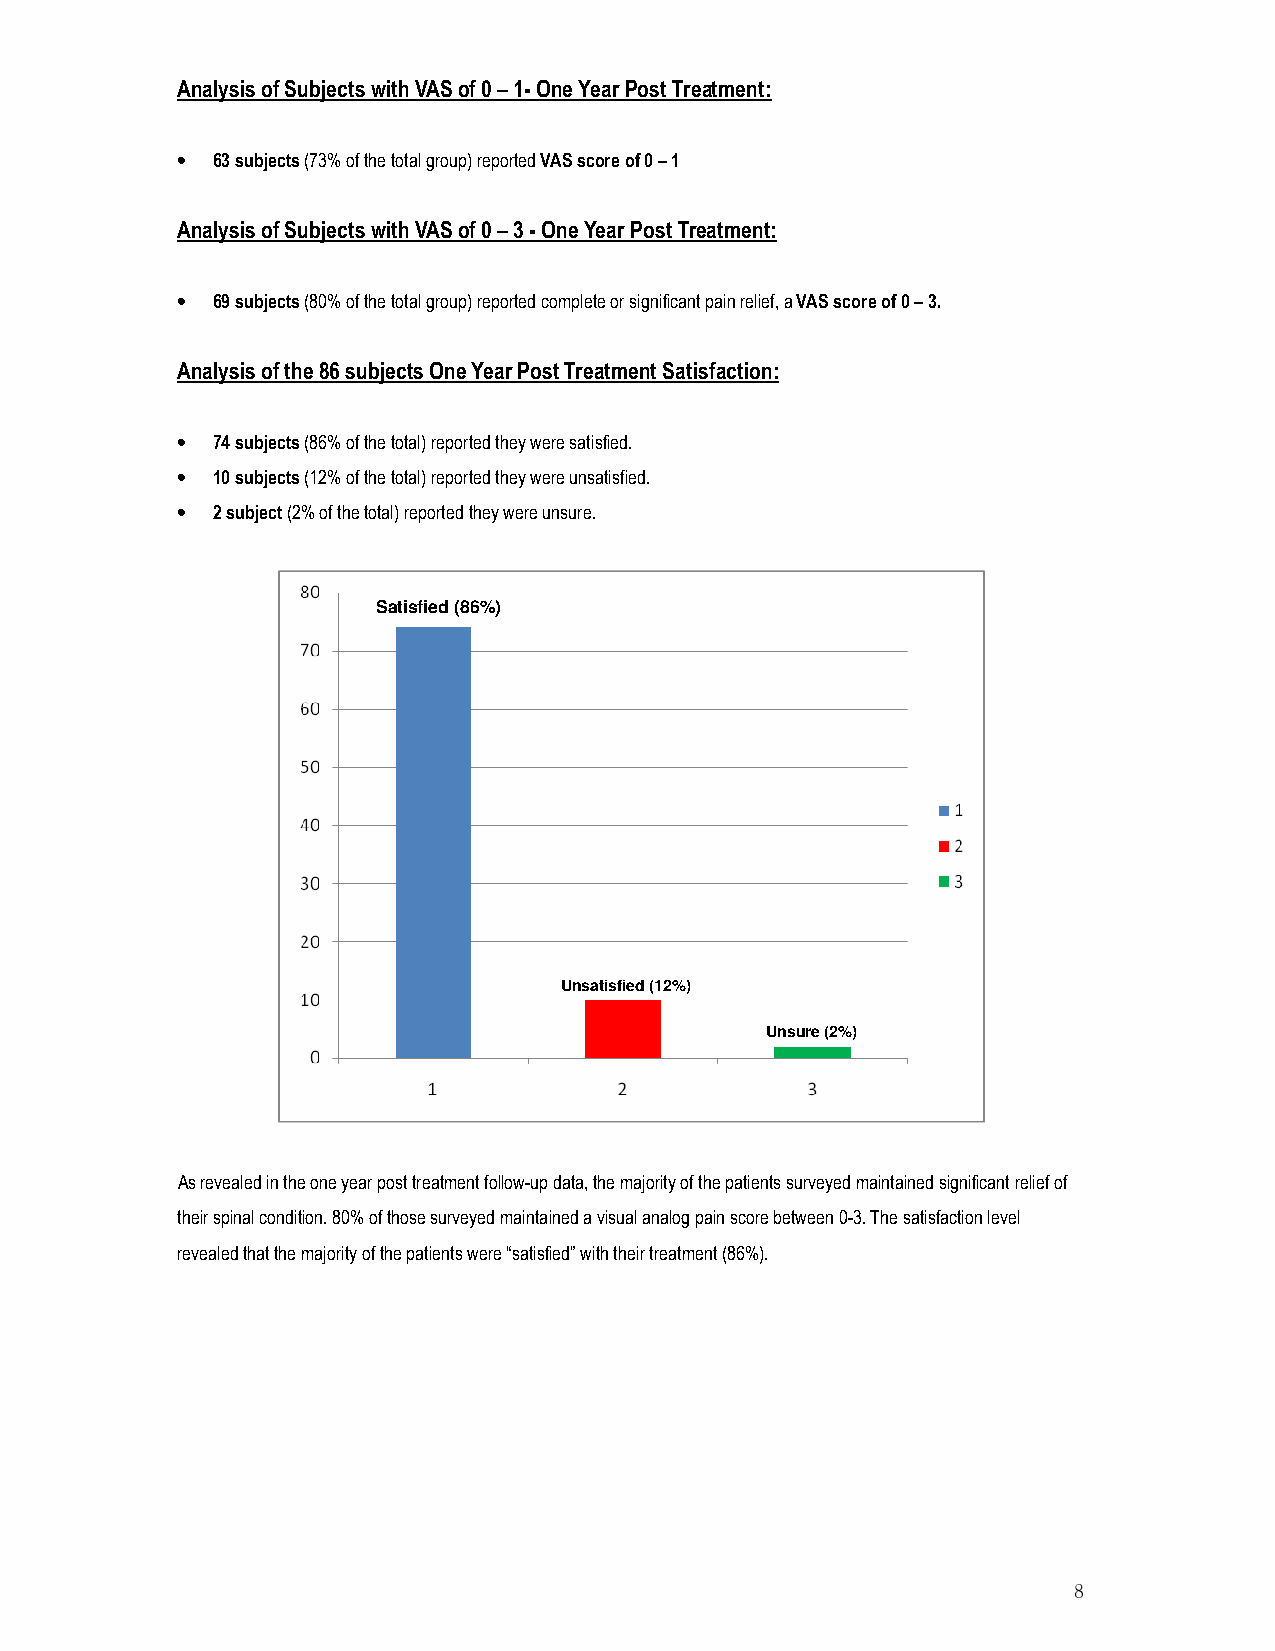
Analysis of Subjects with VAS of 0 – 1- One Year Post Treatment:
 • 63 subjects (73% of the total group) reported VAS score of 0 – 1
 Analysis of Subjects with VAS of 0 – 3 - One Year Post Treatment:
 • 69 subjects (80% of the total group) reported complete or significant pain relief, a VAS score of 0 – 3.
 Analysis of the 86 subjects One Year Post Treatment Satisfaction:
 • 74 subjects (86% of the total) reported they were satisfied.
 • 10 subjects (12% of the total) reported they were unsatisfied.
 • 2 subject (2% of the total) reported they were unsure.
 Satisfied (86%)
 Unsatisfied (12%)
 Unsure (2%)
 As revealed in the one year post treatment follow-up data, the majority of the patients surveyed maintained significant relief of
 their spinal condition. 80% of those surveyed maintained a visual analog pain score between 0-3. The satisfaction level
 revealed that the majority of the patients were “satisfied” with their treatment (86%).
 8